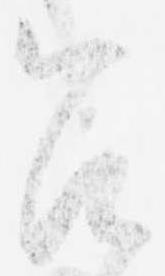
召